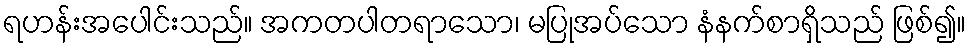
ရဟန်းအပေါင်းသည်။ အကတပါတရာသော၊ မပြုအပ်သော နံနက်စာရှိသည် ဖြစ်၍။